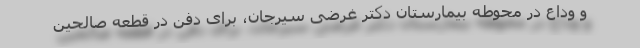
و وداع در محوطه بیمارستان دکتر غرضی سیرجان، برای دفن در قطعه صالحین